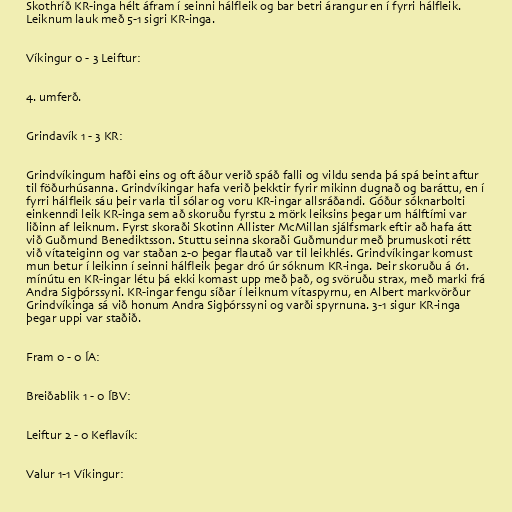
Skothríð KR-inga hélt áfram í seinni hálfleik og bar betri árangur en í fyrri hálfleik.
Leiknum lauk með 5-1 sigri KR-inga.

Víkingur 0 - 3 Leiftur:

4. umferð.

Grindavík 1 - 3 KR:

Grindvíkingum hafði eins og oft áður verið spáð falli og vildu senda þá spá beint aftur
til föðurhúsanna. Grindvíkingar hafa verið þekktir fyrir mikinn dugnað og baráttu, en í
fyrri hálfleik sáu þeir varla til sólar og voru KR-ingar allsráðandi. Góður sóknarbolti
einkenndi leik KR-inga sem að skoruðu fyrstu 2 mörk leiksins þegar um hálftími var
liðinn af leiknum. Fyrst skoraði Skotinn Allister McMillan sjálfsmark eftir að hafa átt
við Guðmund Benediktsson. Stuttu seinna skoraði Guðmundur með þrumuskoti rétt
við vítateiginn og var staðan 2-0 þegar flautað var til leikhlés. Grindvíkingar komust
mun betur í leikinn í seinni hálfleik þegar dró úr sóknum KR-inga. Þeir skoruðu á 61.
mínútu en KR-ingar létu þá ekki komast upp með það, og svöruðu strax, með marki frá
Andra Sigþórssyni. KR-ingar fengu síðar í leiknum vítaspyrnu, en Albert markvörður
Grindvíkinga sá við honum Andra Sigþórssyni og varði spyrnuna. 3-1 sigur KR-inga
þegar uppi var staðið.

Fram 0 - 0 ÍA:

Breiðablik 1 - 0 ÍBV:

Leiftur 2 - 0 Keflavík:

Valur 1-1 Víkingur: